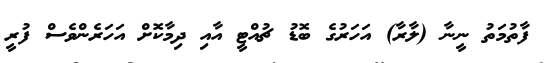
ފާތުމަތު ނީނާ (ލާރާ) އަހަރުގެ ބޮޑު ޗުއްޓީ އާއި ދިމާކޮށް އަހަރެންވެސް ފުރީ